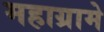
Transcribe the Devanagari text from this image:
महाग्रामे